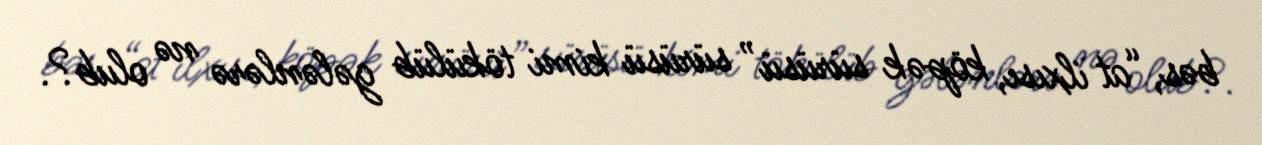
bəs, “at ilxısı, köpək sürüsü” sürüsü kimi tökülüb gələnlərə nə olub?.